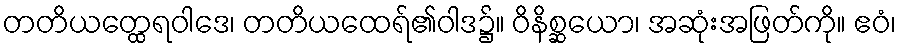
တတိယတ္ထေရဝါဒေ၊ တတိယထေရ်၏ဝါဒ၌။ ဝိနိစ္ဆယော၊ အဆုံးအဖြတ်ကို။ ဧဝံ၊